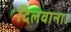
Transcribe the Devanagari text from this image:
दिलवाना।